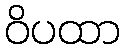
ဝိပထာ